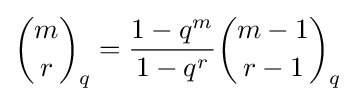
{\binom {m}{r}}_{q}={\frac {1-q^{m}}{1-q^{r}}}{\binom {m-1}{r-1}}_{q}